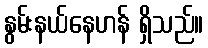
နွမ်းနယ်နေဟန် ရှိသည်။